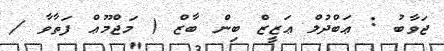
ޖަވާބު : ޢަބްދުލް ޢަޒީޒް ބިން ބާޒް ( މަޖްމޫޢް ފަތާވާ /